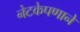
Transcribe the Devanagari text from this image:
नेटकेपणाने